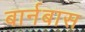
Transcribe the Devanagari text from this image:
बार्नबास